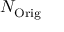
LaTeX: N _ { \mathrm { O r i g } }